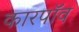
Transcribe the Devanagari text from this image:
कारपॉव